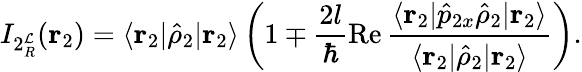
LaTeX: I_{2{^\mathcal{L}_{R}}}(\mathbf{{r}}_{2})=\langle\mathbf{{r}}_{2}|\hat{{\rho}}_{2}|\mathbf{{r}}_{2}\rangle\left(1\mp\frac{{2l}}{{\hbar}}\operatorname{Re}\frac{{\langle\mathbf{{r}}_{2}|\hat{{p}}_{2x}\hat{{\rho}}_{2}|\mathbf{{r}}_{2}\rangle}}{{\langle\mathbf{{r}}_{2}|\hat{{\rho}}_{2}|\mathbf{{r}}_{2}\rangle}}\right).